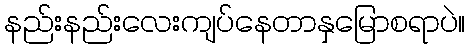
နည်းနည်းလေးကျပ်နေတာနှမြောစရာပဲ။